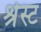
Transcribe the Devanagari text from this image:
श्रेस्ट